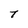
Character: T